Annual administration report of the Civil Veterinary Department of India - 1908-1909
Year: 1908
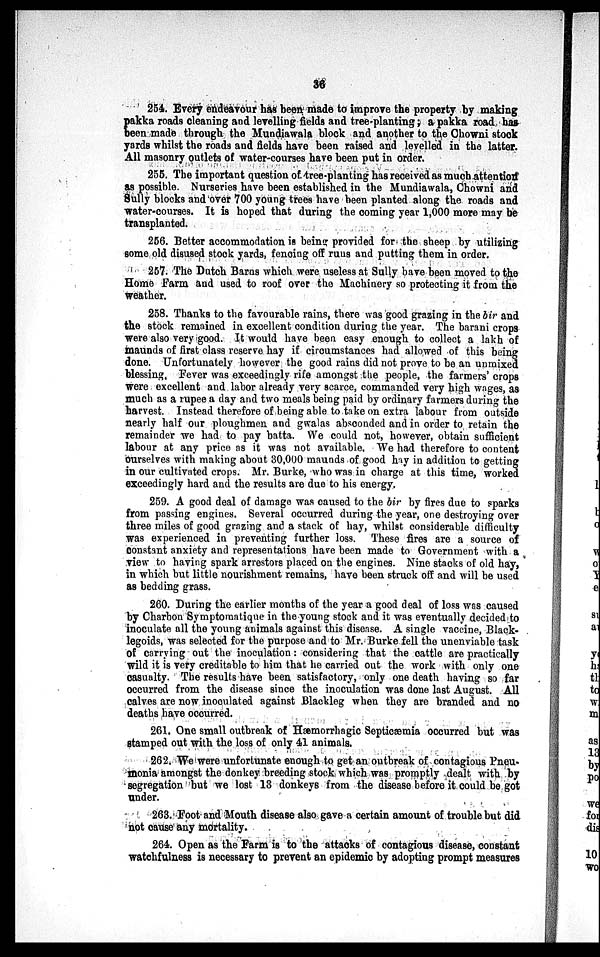
36
254. Every endeavour has been made to improve the property by making
pakka roads cleaning and levelling fields and tree-planting; a pakka road has
been made through the Mundiawala block and another to the Chowni stock
yards whilst the roads and fields have been raised and levelled in the latter.
All masonry outlets of water-courses have been put in order.
255. The important question of tree-planting has received as much attention
as possible. Nurseries have been established in the Mundiawala, Chowni and
Sully blocks and over 700 young trees have been planted along the roads and
water-courses. It is hoped that during the coming year 1,000 more may be
transplanted.
256. Better accommodation is being provided for the sheep by utilizing
some old disused stock yards, fencing off runs and putting them in order.
257. The Dutch Barns which were useless at Sully have been moved to the
Home Farm and used to roof over the Machinery so protecting it from the
weather.
258. Thanks to the favourable rains, there was good grazing in the bir and
the stock remained in excellent condition during the year. The barani crops
were also very good. It would have been easy enough to collect a lakh of
maunds of first class reserve hay if circumstances had allowed of this being
done. Unfortunately however the good rains did not prove to be an unmixed
blessing. Fever was exceedingly rife amongst the people, the farmers' crops
were excellent and labor already very scarce, commanded very high wages, as
much as a rupee a day and two meals being paid by ordinary farmers during the
harvest. Instead therefore of being able to take on extra labour from outside
nearly half our ploughmen and gwalas absconded and in order to retain the
remainder we had to pay batta. We could not, however, obtain sufficient
labour at any price as it was not available. We had therefore to content
ourselves with making about 30,000 maunds of good hay in addition to getting
in our cultivated crops. Mr. Burke, who was in charge at this time, worked
exceedingly hard and the results are due to his energy.
259. A good deal of damage was caused to the bir by fires due to sparks
from passing engines. Several occurred during the year, one destroying over
three miles of good grazing and a stack of hay, whilst considerable difficulty
was experienced in preventing further loss. These fires are a source of
constant anxiety and representations have been made to Government with a
view to having spark arrestors placed on the engines. Nine stacks of old hay,
in which but little nourishment remains, have been struck off and will be used
as bedding grass.
260. During the earlier months of the year a good deal of loss was caused
by Charbon Symptomatique in the young stock and it was eventually decided to
inoculate all the young animals against this disease. A single vaccine, Black-
legoids, was selected for the purpose and to Mr. Burke fell the unenviable task
of carrying out the inoculation: considering that the cattle are practically
wild it is very creditable to him that he carried out the work with only one
casualty. The results have been satisfactory, only one death having so far
occurred from the disease since the inoculation was done last August. All
calves are now inoculated against Blackleg when they are branded and no
deaths have occurred.
261. One small outbreak of Hæmorrhagic Septicæmia occurred but was
stamped out with the loss of only 41 animals.
262. We were unfortunate enough to get an outbreak of contagious Pneu-
monia amongst the donkey breeding stock which was promptly dealt with by
segregation but we lost 13 donkeys from the disease before it could be got
under.
263. Foot and Mouth disease also gave a certain amount of trouble but did
not cause any mortality.
264. Open as the Farm is to the attacks of contagious disease, constant
watchfulness is necessary to prevent an epidemic by adopting prompt measures